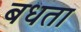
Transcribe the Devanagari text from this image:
बधता